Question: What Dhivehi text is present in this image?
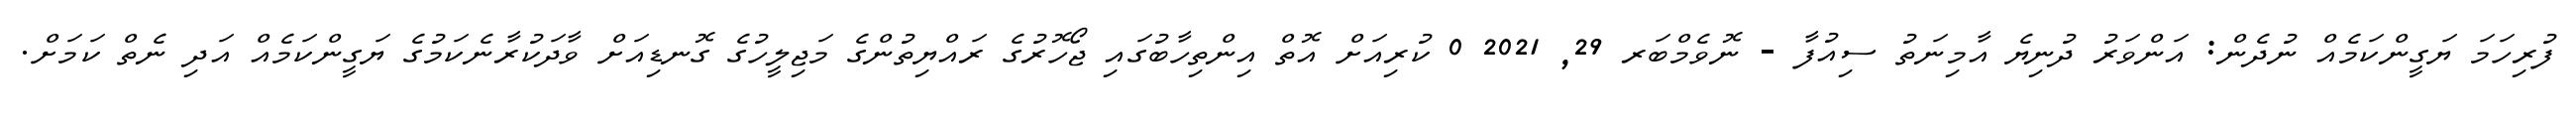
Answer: ފުރިހަމަ ޔަގީންކަމެއް ނުދެން: އަންވަރު ދުނިޔެ އާމިނަތު ސިއުފާ - ނޮވެމްބަރ 29, 2021 0 ކުރިއަށް އޮތް އިންތިހާބުގައި ޖޯހޮރުގެ ރައްޔިތުންގެ މަޖިލީހުގެ ގޮނޑިއަށް ވާދަކުރާނެކަމުގެ ޔަގީންކަމެއް އަދި ނެތް ކަމަށް.